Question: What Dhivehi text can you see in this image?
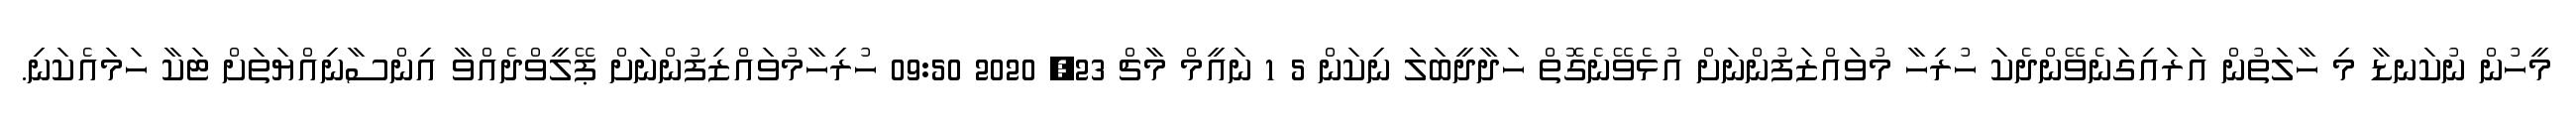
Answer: މީހުން ނުކަނޑާ މި ހާލަތުން އަރައިގަނެވޭންދެކަ ހުރިހާ މުވައްޒަފުންނަށް އުޅެވޭނެގޮތް ހަދާދީބަލަ ނިކަން 5 1 ނައީމް މާޗް 23, 2020 09:50 ހުރިހާމުވައްޒިފުންނަށް ޕޭލީވްދެއްވާ އިންސާނިއްޔަތަށް ޓަކާ ހަމައެކަނި.